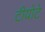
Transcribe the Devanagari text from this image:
टीयोटे